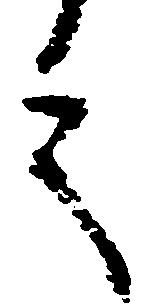
言